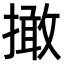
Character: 撖